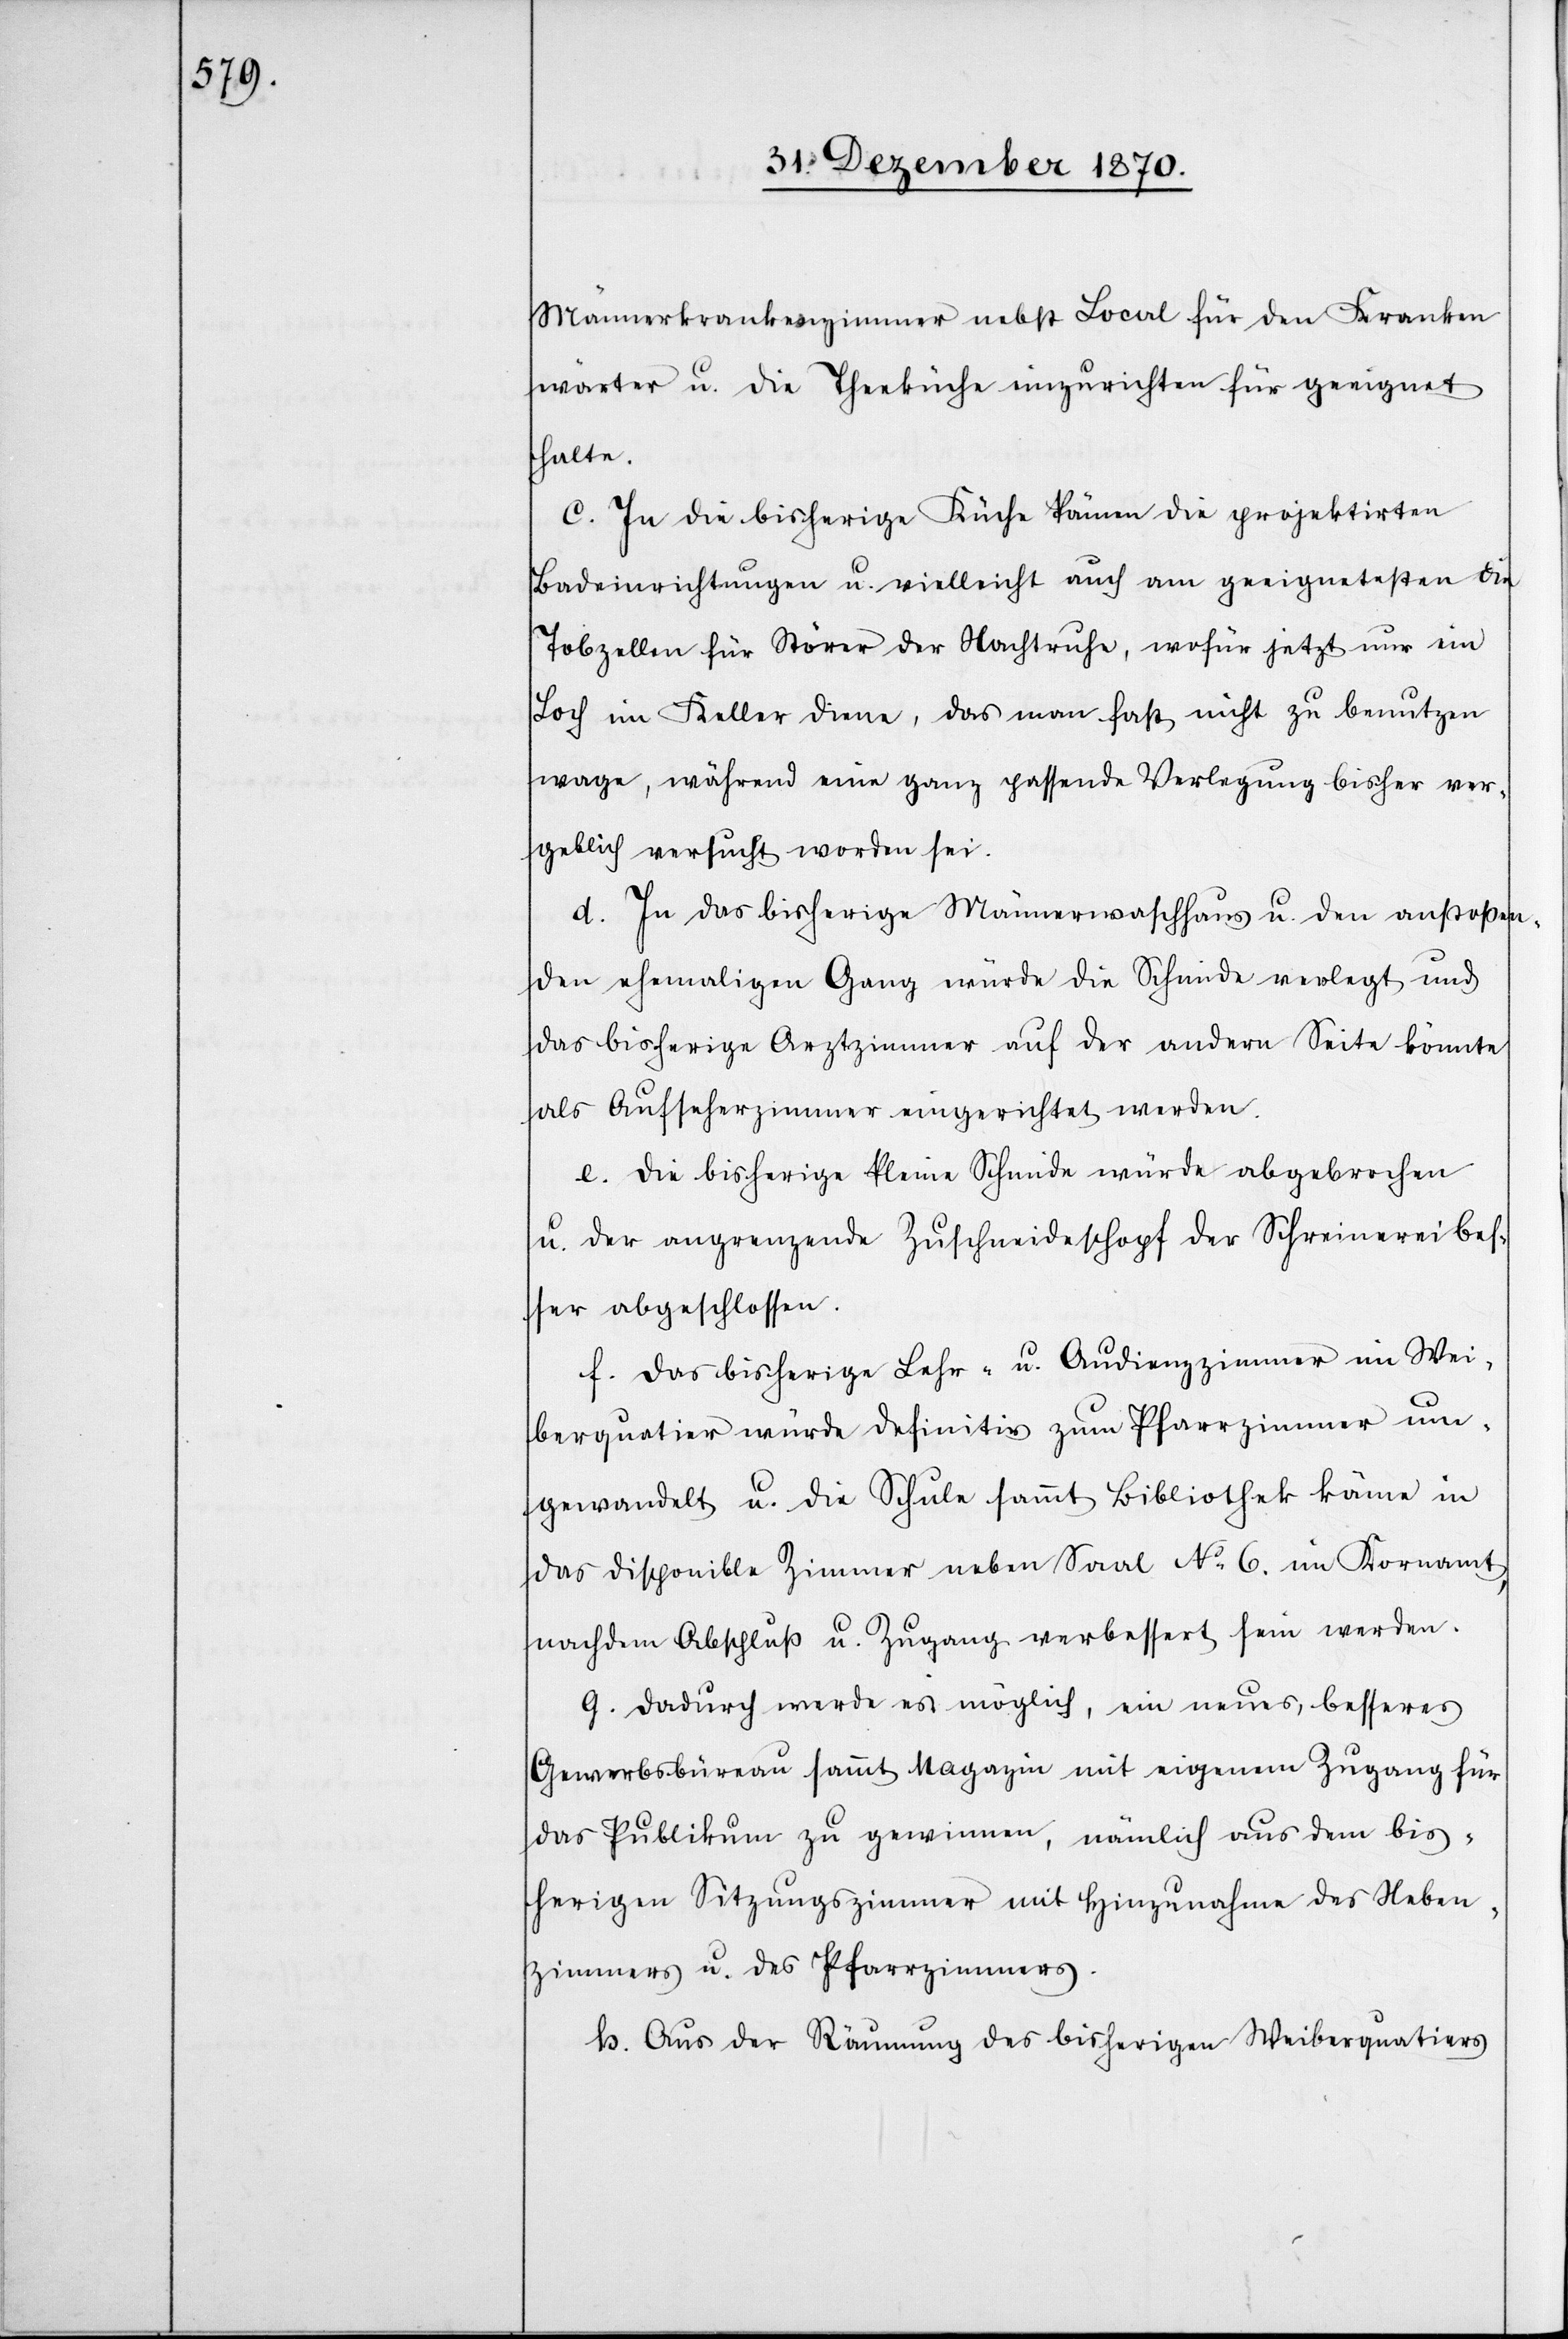
Männerkrankenzimmer nebst Local für den Kranken¬
wärter u. die Theeküche einzurichten für geeignet
halte.
c. In die bisherige Küche kämen die projektirten
Badeinrichtungen u. vielleicht auch am geeignetesten die
Tobzellen für Störer der Nachtruhe, wofür jetzt nur ein
Loch im Keller diene, das man fast nicht zu benutzen
wage, während eine ganz passende Verlegung bisher ver¬
geblich versucht worden sei.
d. In das bisherige Männerwachhaus u. den anstoßen¬
den ehemaligen Gang würde die Schmide verlegt und
das bisherige Arztzimmer auf der andern Seite könnte
als Aufseherzimmer eingerichtet werden.
e. Die bisherige kleine Schmide würde abgebrochen
u. der angrenzende Zuschneideschopf der Schreinerei be¬
sser abgeschlossen.
f. Das bisherige Lehr- u. Audienzzimmer im Wei¬
berquatier würde definitiv zum Pfarrzimmer um¬
gewandelt u. die Schule sammt Bibliothek könne in
das disponible Zimmer neben Saal No 6. im Kornamt,
nachdem Abschluß u. Zugang verbessert sein werden.
g. Dadurch werde es möglich, ein neues, besseres
Gewerbebüreau sammt Magazin mit eigenem Zugang für
das Publikum zu gewinnen, nämlich aus dem bis¬
herigen Sitzungszimmer mit Hinzunahme des Neben¬
zimmers u. des Pfarrzimmers.
h. Aus der Räumung des bisherigen Weiberquatiers